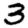
Digit: 3